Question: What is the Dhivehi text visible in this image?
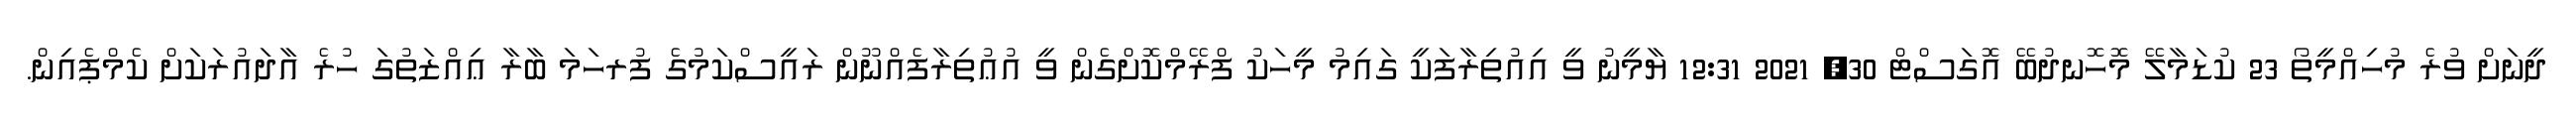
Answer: ދީނަށް ވުރެ މުހިއްމީތޯ 23 ކުޑަމާލޭ މޮހޮނދުބޭ އޮގަސްޓް 30, 2021 12:31 ޔާމީނު ވީ އިއުތިރާފަކީ ގައިމު މީހަކު ފްރޭމްކޮށްގެން ވީ އުޢުތިރާފެއްނޫން ރައީސްކަމުގެ ފުރހަމަ ބާރާ ޢިއްޒަތުގަ ހުރެ އާދައުރަކަށް ކެމްޕެއިން.